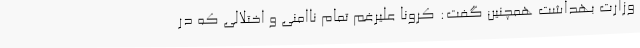
وزارت بهداشت همچنین گفت: کرونا علیرغم تمام ناامنی و اختلالی که در